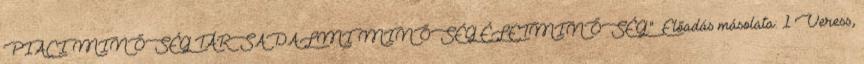
PIACI MINŐSÉG TÁRSADALMI MINŐSÉG ÉLETMINŐSÉG."— Előadás másolata: 1 Veress,